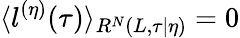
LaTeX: \langle l^{(\eta)}(\tau)\rangle_{R^{N}(L,\tau|\eta)}=0